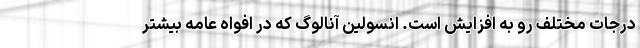
درجات مختلف رو به افزایش است. انسولین آنالوگ که در افواه عامه بیشتر